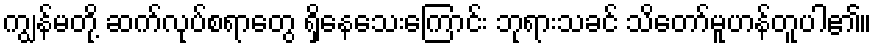
ကျွန်မတို့ ဆက်လုပ်စရာတွေ ရှိနေသေးကြောင်း ဘုရားသခင် သိတော်မူဟန်တူပါ၏။